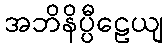
အဘိနိပ္ပီဠေယျ